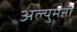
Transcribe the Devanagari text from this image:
अल्युमनी